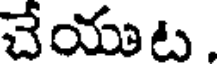
చేయుట .